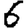
Digit: 6